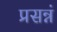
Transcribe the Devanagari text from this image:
प्रसन्नं